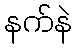
နက်နဲ